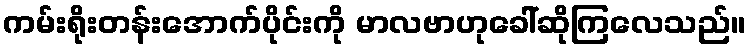
ကမ်းရိုးတန်းအောက်ပိုင်းကို မာလဗာဟုခေါ်ဆိုကြလေသည်။